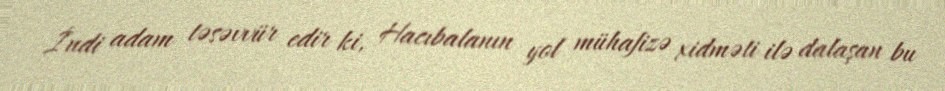
İndi adam təsəvvür edir ki, Hacıbalanın yol mühafizə xidməti ilə dalaşan bu